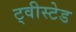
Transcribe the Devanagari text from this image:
ट्वीस्टेड